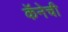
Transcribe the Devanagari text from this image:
कॅनेची